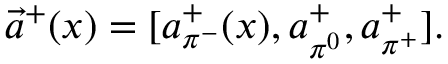
\vec { a } ^ { + } ( x ) = [ a _ { \pi ^ { - } } ^ { + } ( x ) , a _ { \pi ^ { 0 } } ^ { + } , a _ { \pi ^ { + } } ^ { + } ] .